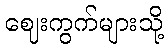
ဈေးကွက်များသို့